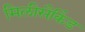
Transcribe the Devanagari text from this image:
मिलीसैकिंड